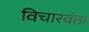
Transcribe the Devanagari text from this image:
विचारवंता